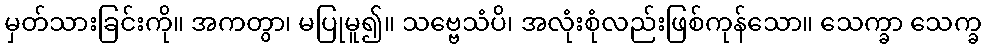
မှတ်သားခြင်းကို။ အကတွာ၊ မပြုမူ၍။ သဗ္ဗေသံပိ၊ အလုံးစုံလည်းဖြစ်ကုန်သော။ သေက္ခာ သေက္ခ